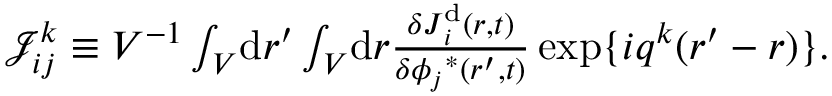
\begin{array} { r } { \mathcal { J } _ { i j } ^ { k } \equiv V ^ { - 1 } \int _ { V } \! \mathrm { d } \boldsymbol { r } ^ { \prime } \int _ { V } \! \mathrm { d } \boldsymbol { r } \frac { \delta \boldsymbol { J } _ { i } ^ { \mathrm { d } } ( \boldsymbol { r } , t ) } { \delta { \phi _ { j } } ^ { * } ( \boldsymbol { r } ^ { \prime } , t ) } \, \mathrm { e x p } \{ i \boldsymbol { q } ^ { k } ( \boldsymbol { r } ^ { \prime } - \boldsymbol { r } ) \} . } \end{array}